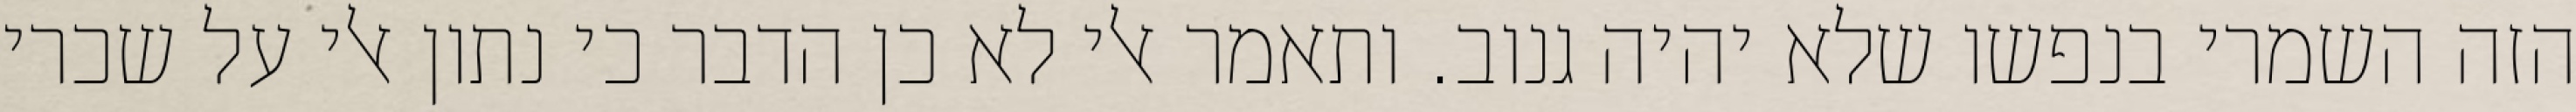
הזה השמרי בנפשו שלא יהיה גנוב. ותאמר אלי לא כן הדבר כי נתון אלי על שכרי